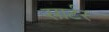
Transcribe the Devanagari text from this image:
सार्टर